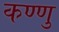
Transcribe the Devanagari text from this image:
कण्णु